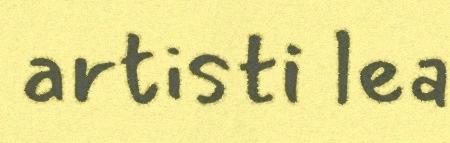
artisti lea